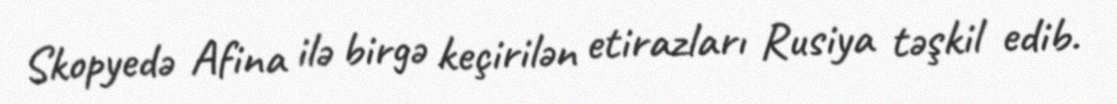
Skopyedə Afina ilə birgə keçirilən etirazları Rusiya təşkil edib.